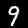
Label: 9